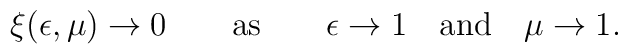
\xi(\epsilon,\mu)\to 0 \qquad {\rm as} \qquad \epsilon\to 1 \quad {\rm and} \quad \mu\to 1.